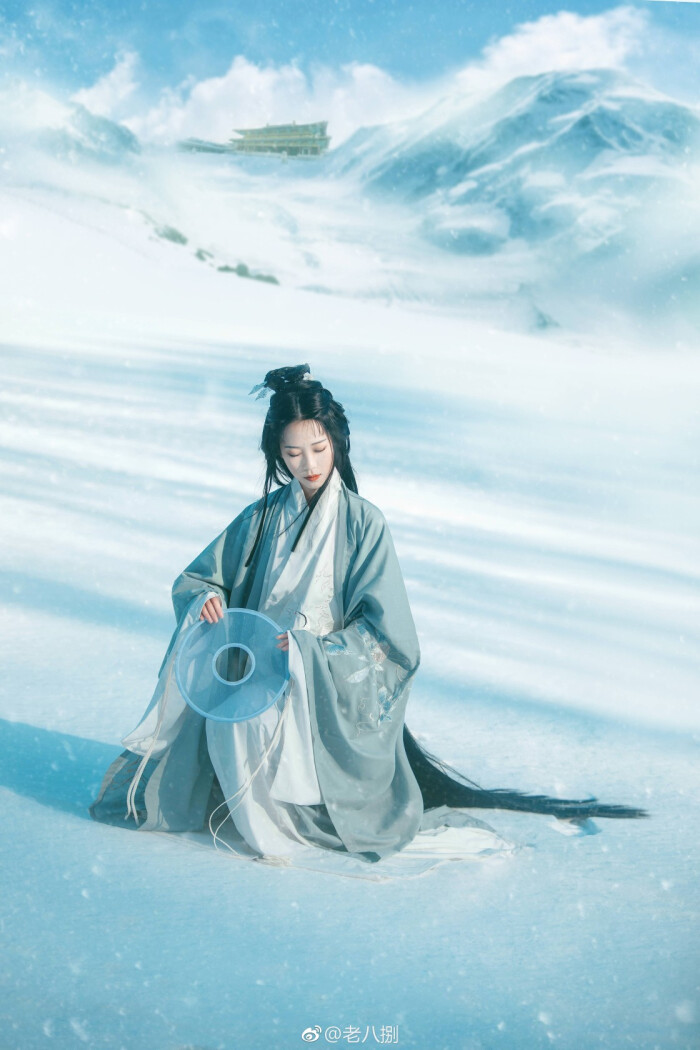
千里黄云白日曛，北风吹雁雪纷纷。